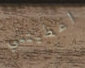
اعطيتني